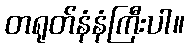
တရုတ်နံနံကြီးပါ။